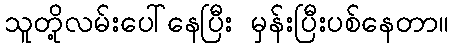
သူတို့လမ်းပေါ်နေပြီး မှန်းပြီးပစ်နေတာ။